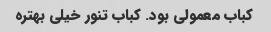
کباب معمولی بود. کباب تنور خیلی بهتره